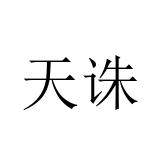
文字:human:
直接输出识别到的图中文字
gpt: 天诛